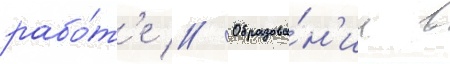
рабо́т'е // Образова́н'ие в